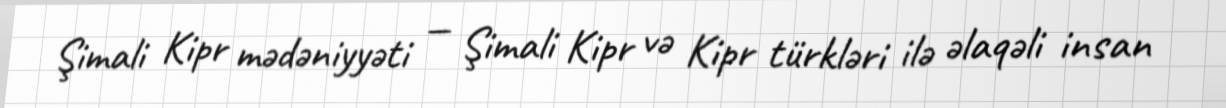
Şimali Kipr mədəniyyəti — Şimali Kipr və Kipr türkləri ilə əlaqəli insan